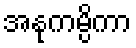
အနုကမ္ပိကာ